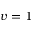
v = 1